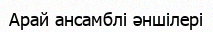
Арай ансамблі әншілері